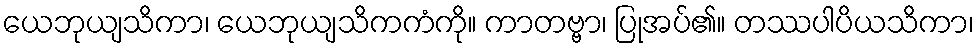
ယေဘုယျသိကာ၊ ယေဘုယျသိကကံကို။ ကာတဗ္ဗာ၊ ပြုအပ်၏။ တဿပါပိယသိကာ၊